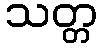
သတ္တ